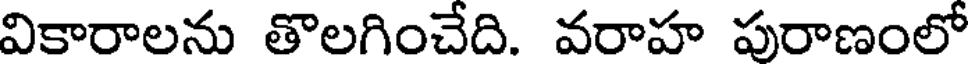
వికారాలను తొలగించేది. వరాహ పురాణంలో